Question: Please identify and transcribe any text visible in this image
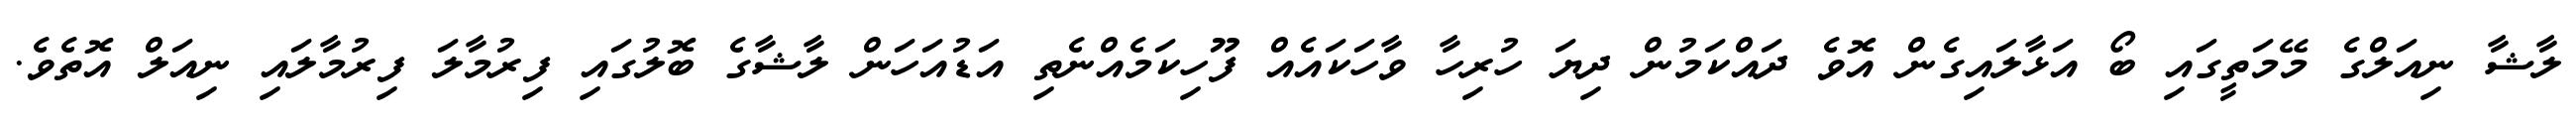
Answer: ލާޝާ ނިއަލްގެ މޭމަތީގައި ބޯ އަޅާލައިގެން އޮވެ ދައްކަމުން ދިޔަ ހުރިހާ ވާހަކައެއް ފޫހިކަމެއްނެތި އަޑުއަހަން ލާޝާގެ ބޮލުގައި ފިރުމާލަ ފިރުމާލައި ނިއަލް އޮތެވެ.